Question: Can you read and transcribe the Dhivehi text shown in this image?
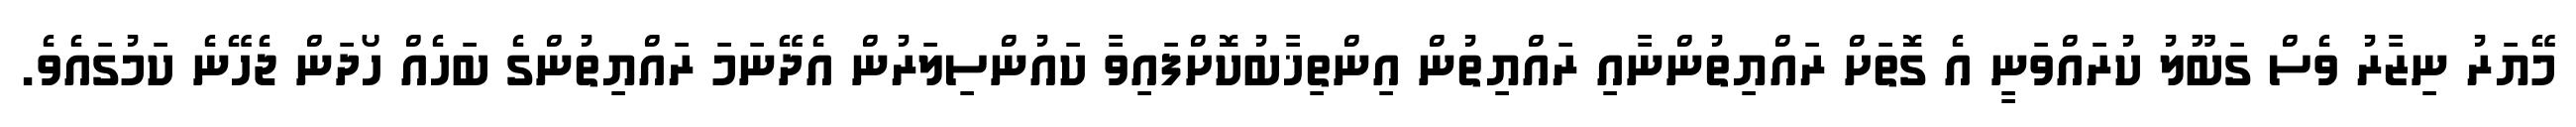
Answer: މޭޔަރު ނިޒާރު ވެސް ގަބޫލު ކުރައްވަނީ އެ ގޮތަށް ރައްޔިތުންނާއި ރައްޔިތުން އިންތިޚާބުކޮށްފައިވާ ކައުންސިލަރުން އެދޭނަމަ ރައްޔިތުންގެ ބަހެއް ހޯދަން ޖެހޭނެ ކަމުގައެވެ.